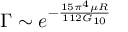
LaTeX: \Gamma \sim e ^ { - \frac { 1 5 \pi ^ { 4 } \mu R } { 1 1 2 G _ { 1 0 } } }